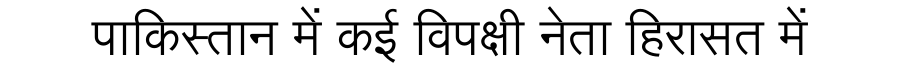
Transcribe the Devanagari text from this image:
पाकिस्तान में कई विपक्षी नेता हिरासत में